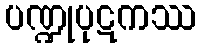
ပဏ္ဍုပုဋကဿ